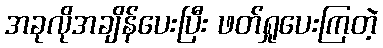
အခုလိုအချိန်ပေးပြီး ဖတ်ရှုပေးကြတဲ့